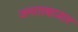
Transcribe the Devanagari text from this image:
जनताबाज़ार